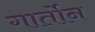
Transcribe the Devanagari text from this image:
गार्तोन